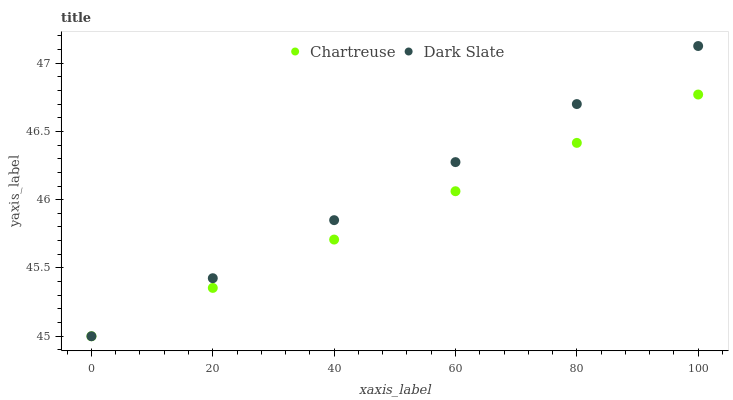
| xaxis_label | Chartreuse | Dark Slate |
 | --- | --- | --- |
 | 0 | 45 | 45 |
 | 20 | 45.4 | 45.4 |
 | 40 | 45.7 | 45.9 |
 | 60 | 46.1 | 46.3 |
 | 80 | 46.4 | 46.7 |
 | 100 | 46.8 | 47.1 |